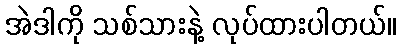
အဲဒါကို သစ်သားနဲ့ လုပ်ထားပါတယ်။